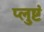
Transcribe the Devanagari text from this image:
प्लुष्टं